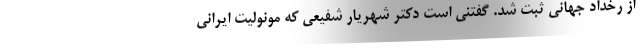
از رخداد جهانی ثبت شد. گفتنی است دکتر شهریار شفیعی که مونولیت ایرانی